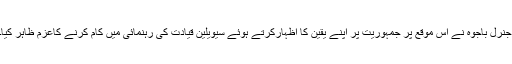
جنرل باجوہ نے اس موقع پر جمہوریت پر اپنے یقین کا اظہارکرتے ہوئے سیویلین قیادت کی رہنمائی میں کام کرنے کاعزم ظاہر کیا۔